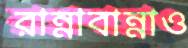
রান্নাবান্নাও